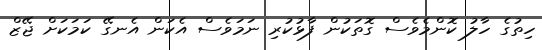
ހިތުގެ ހާލު ކޮންމެވެސް ގޮތަކުން ފާޅުކުރި ނަމަވެސް އެކަން އެނގޭ ކަމަކަށް ޖޭޒް